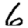
Digit: 6